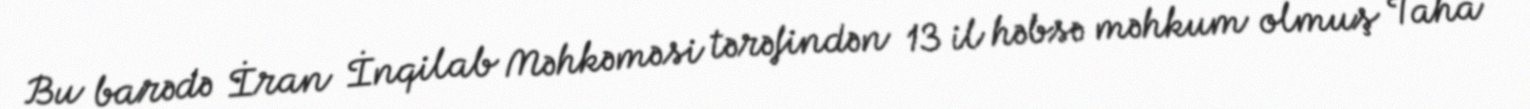
Bu barədə İran İnqilab Məhkəməsi tərəfindən 13 il həbsə məhkum olmuş Taha